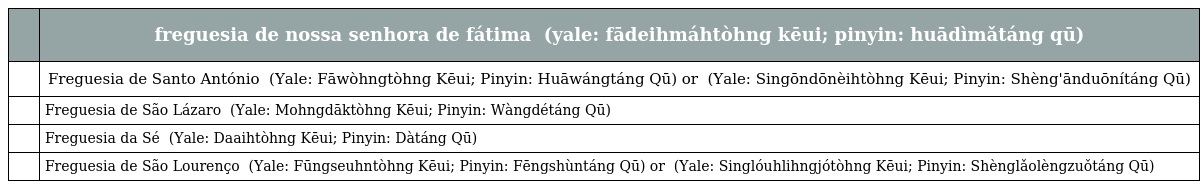
|  | freguesia de nossa senhora de fátima 花地瑪堂區 (yale: fādeihmáhtòhng kēui; pinyin: huādìmǎtáng qū) |
 | --- | --- |
 |  | Freguesia de Santo António 花王堂區 (Yale: Fāwòhngtòhng Kēui; Pinyin: Huāwángtáng Qū) or 聖安多尼堂區 (Yale: Singōndōnèihtòhng Kēui; Pinyin: Shèng'ānduōnítáng Qū) |
 |  | Freguesia de São Lázaro 望德堂區 (Yale: Mohngdāktòhng Kēui; Pinyin: Wàngdétáng Qū) |
 |  | Freguesia da Sé 大堂區 (Yale: Daaihtòhng Kēui; Pinyin: Dàtáng Qū) |
 |  | Freguesia de São Lourenço 風順堂區 (Yale: Fūngseuhntòhng Kēui; Pinyin: Fēngshùntáng Qū) or 聖老愣佐堂區 (Yale: Singlóuhlihngjótòhng Kēui; Pinyin: Shènglǎolèngzuǒtáng Qū) |